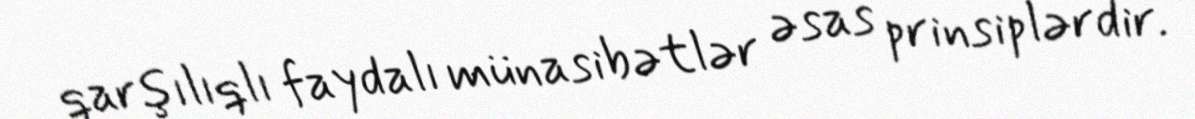
qarşılıqlı faydalı münasibətlər əsas prinsiplərdir.